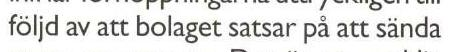
följd av att bolaget satsar på att sända